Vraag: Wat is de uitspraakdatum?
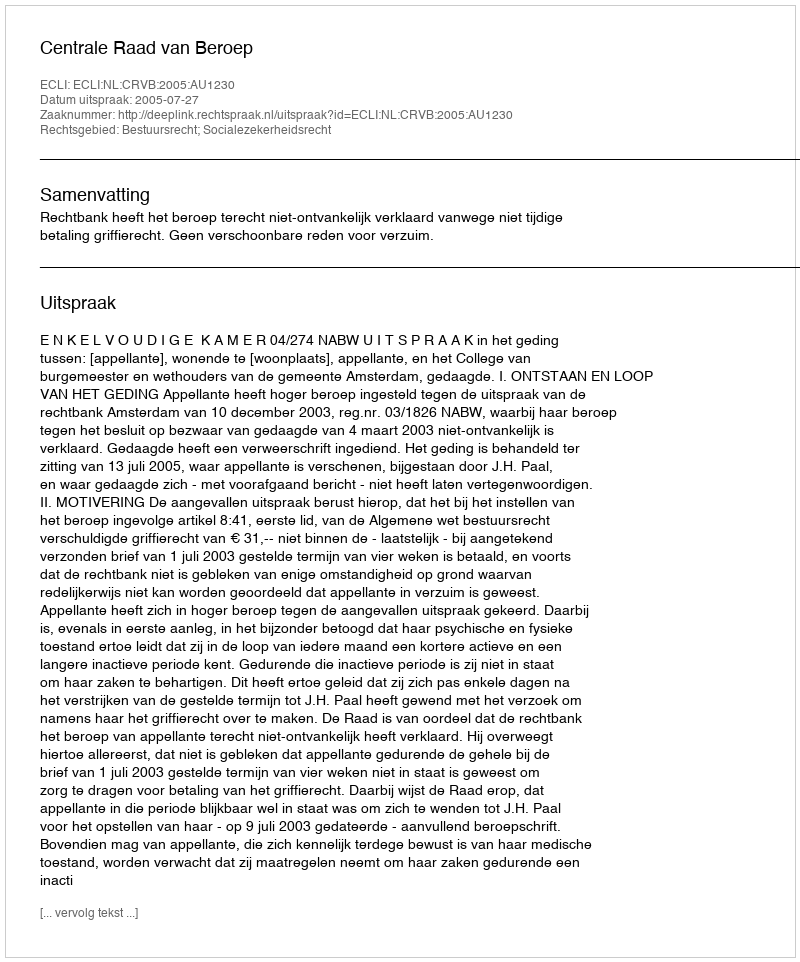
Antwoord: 2005-07-27